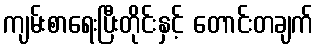
ကျမ်းစာရေးပြီးတိုင်းနှင့် တောင်းတချက်